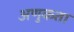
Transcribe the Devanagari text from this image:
अणुकता